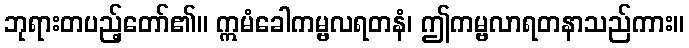
ဘုရားတပည့်တော်၏။ ဣမံခေါကမ္ဗလရတနံ၊ ဤကမ္ဗလာရတနာသည်ကား။